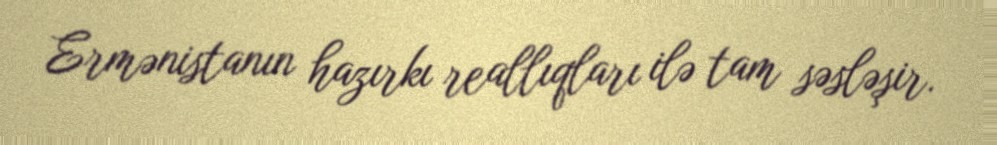
Ermənistanın hazırkı reallıqları ilə tam səsləşir.